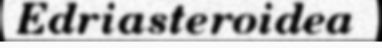
Edriasteroidea